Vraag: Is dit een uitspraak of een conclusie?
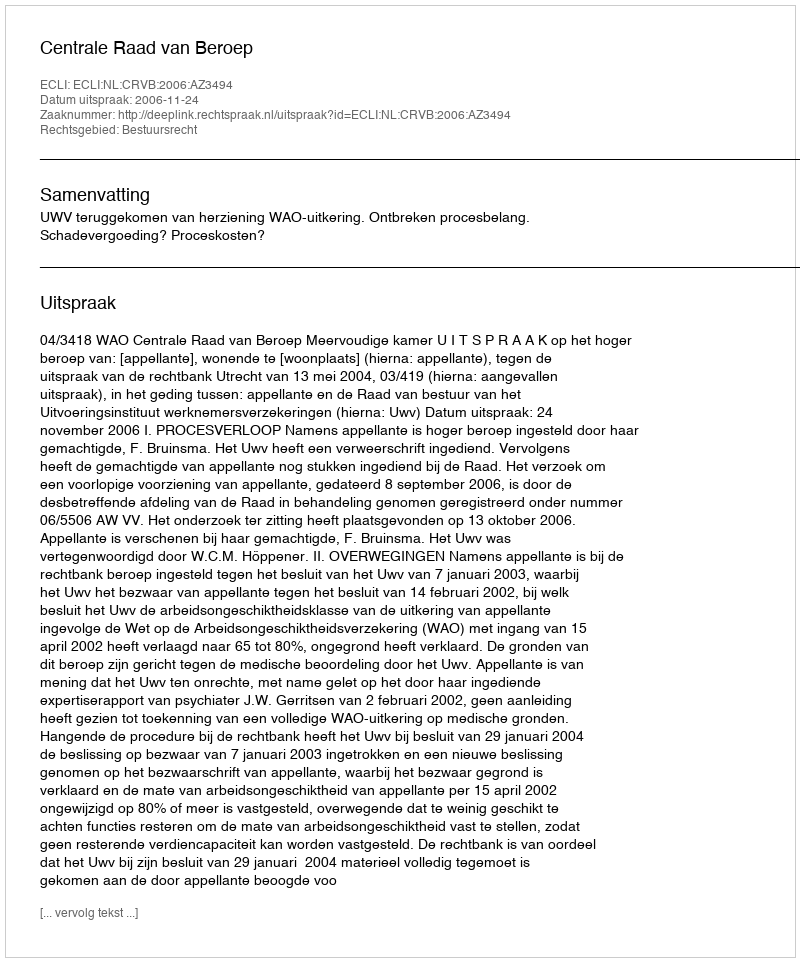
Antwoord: Uitspraak